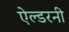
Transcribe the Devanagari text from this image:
ऐल्डरनी